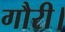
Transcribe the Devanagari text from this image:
गौरी।